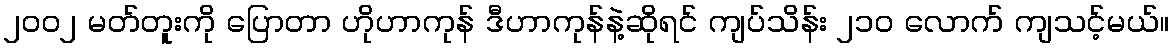
၂၀၀၂ မတ်တူးကို ပြောတာ ဟိုဟာကုန် ဒီဟာကုန်နဲ့ဆိုရင် ကျပ်သိန်း ၂၁၀ လောက် ကျသင့်မယ်။